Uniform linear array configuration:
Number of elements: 12
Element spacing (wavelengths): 0.25
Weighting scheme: binomial
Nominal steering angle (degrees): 45
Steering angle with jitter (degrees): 43.496
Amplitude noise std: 0.05
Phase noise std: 0.05

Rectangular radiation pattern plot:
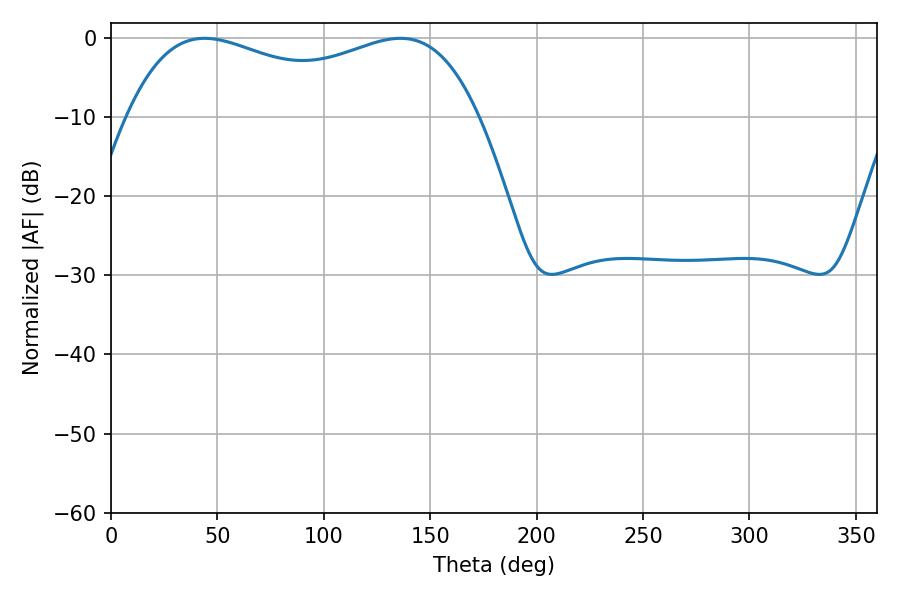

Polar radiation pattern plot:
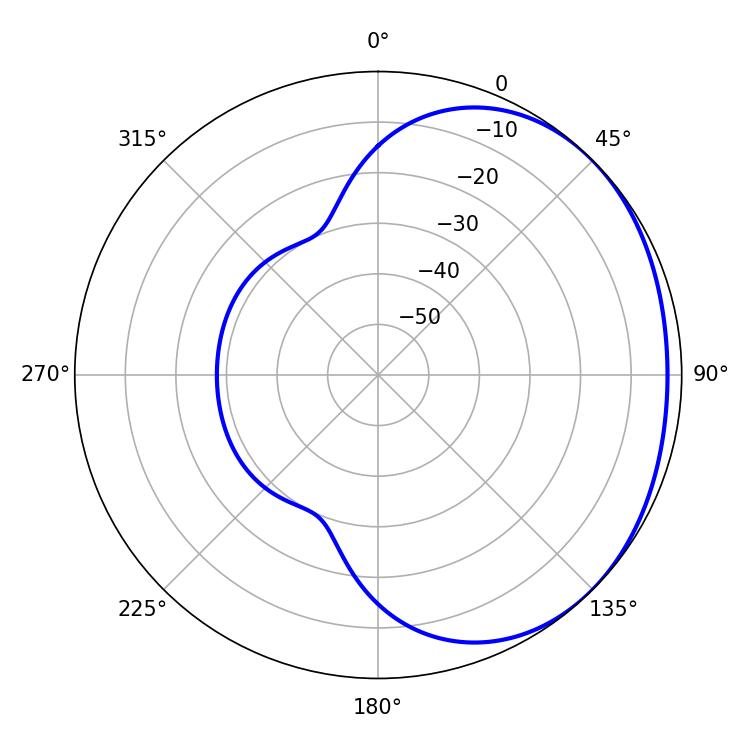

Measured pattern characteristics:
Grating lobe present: FALSE
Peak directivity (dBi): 1.496
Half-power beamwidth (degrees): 135.72
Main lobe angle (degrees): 43.92